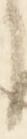
に